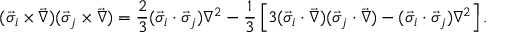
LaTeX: ( \vec { \sigma } _ { i } \times \vec { \nabla } ) ( \vec { \sigma } _ { j } \times \vec { \nabla } ) = \frac { 2 } { 3 } ( \vec { \sigma } _ { i } \cdot \vec { \sigma } _ { j } ) \nabla ^ { 2 } - \frac { 1 } { 3 } \left[ 3 ( \vec { \sigma } _ { i } \cdot \vec { \nabla } ) ( \vec { \sigma } _ { j } \cdot \vec { \nabla } ) - ( \vec { \sigma } _ { i } \cdot \vec { \sigma } _ { j } ) \nabla ^ { 2 } \right] .